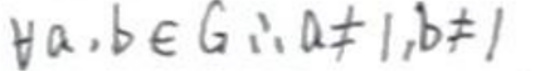
$\forall a,b\in G,a\neq 1,b\neq 1$